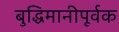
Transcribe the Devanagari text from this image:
बुद्धिमानीपूर्वक